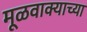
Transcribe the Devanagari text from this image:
मूळवाक्याच्या